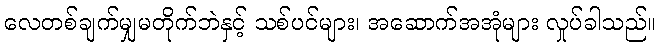
လေတစ်ချက်မျှမတိုက်ဘဲနှင့် သစ်ပင်များ၊ အဆောက်အအုံများ လှုပ်ခါသည်။